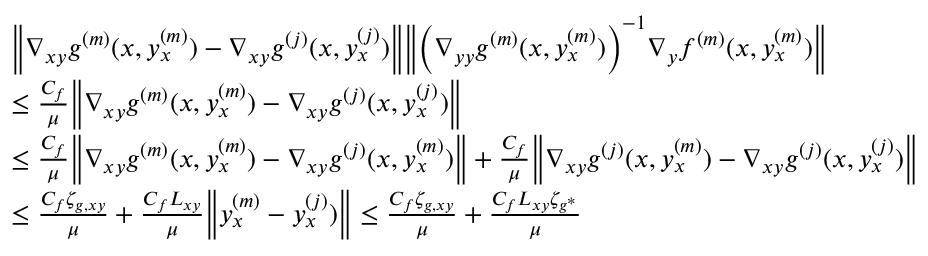
\begin{array} { r l } & { \bigg \| \nabla _ { x y } g ^ { ( m ) } ( x , y _ { x } ^ { ( m ) } ) - \nabla _ { x y } g ^ { ( j ) } ( x , y _ { x } ^ { ( j ) } ) \bigg \| \bigg \| \bigg ( \nabla _ { y y } g ^ { ( m ) } ( x , y _ { x } ^ { ( m ) } ) \bigg ) ^ { - 1 } \nabla _ { y } f ^ { ( m ) } ( x , y _ { x } ^ { ( m ) } ) \bigg \| } \\ & { \leq \frac { C _ { f } } { \mu } \bigg \| \nabla _ { x y } g ^ { ( m ) } ( x , y _ { x } ^ { ( m ) } ) - \nabla _ { x y } g ^ { ( j ) } ( x , y _ { x } ^ { ( j ) } ) \bigg \| } \\ & { \leq \frac { C _ { f } } { \mu } \bigg \| \nabla _ { x y } g ^ { ( m ) } ( x , y _ { x } ^ { ( m ) } ) - \nabla _ { x y } g ^ { ( j ) } ( x , y _ { x } ^ { ( m ) } ) \bigg \| + \frac { C _ { f } } { \mu } \bigg \| \nabla _ { x y } g ^ { ( j ) } ( x , y _ { x } ^ { ( m ) } ) - \nabla _ { x y } g ^ { ( j ) } ( x , y _ { x } ^ { ( j ) } ) \bigg \| } \\ & { \leq \frac { C _ { f } \zeta _ { g , x y } } { \mu } + \frac { C _ { f } L _ { x y } } { \mu } \bigg \| y _ { x } ^ { ( m ) } - y _ { x } ^ { ( j ) } ) \bigg \| \leq \frac { C _ { f } \zeta _ { g , x y } } { \mu } + \frac { C _ { f } L _ { x y } \zeta _ { g ^ { \ast } } } { \mu } } \end{array}